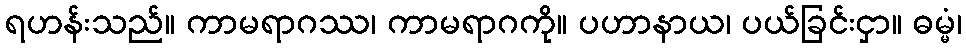
ရဟန်းသည်။ ကာမရာဂဿ၊ ကာမရာဂကို။ ပဟာနာယ၊ ပယ်ခြင်းငှာ။ ဓမ္မံ၊